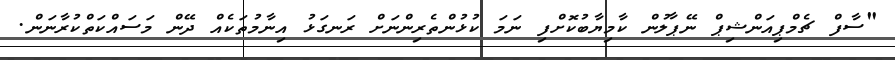
"ސާފް ޗެމްޕިއަންޝިޕް ނޭޕާލުން ކާމިޔާބުކޮށްފި ނަމަ ކުޅުންތެރިންނަށް ރަނގަޅު އިނާމުތަކެއް ދޭން މަސައްކަތްކުރާނަން.